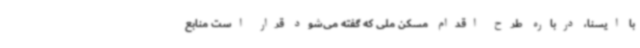
با ایسنا، درباره طرح اقدام مسکن ملی که گفته می‌شود قرار است منابع